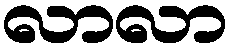
လာလာ